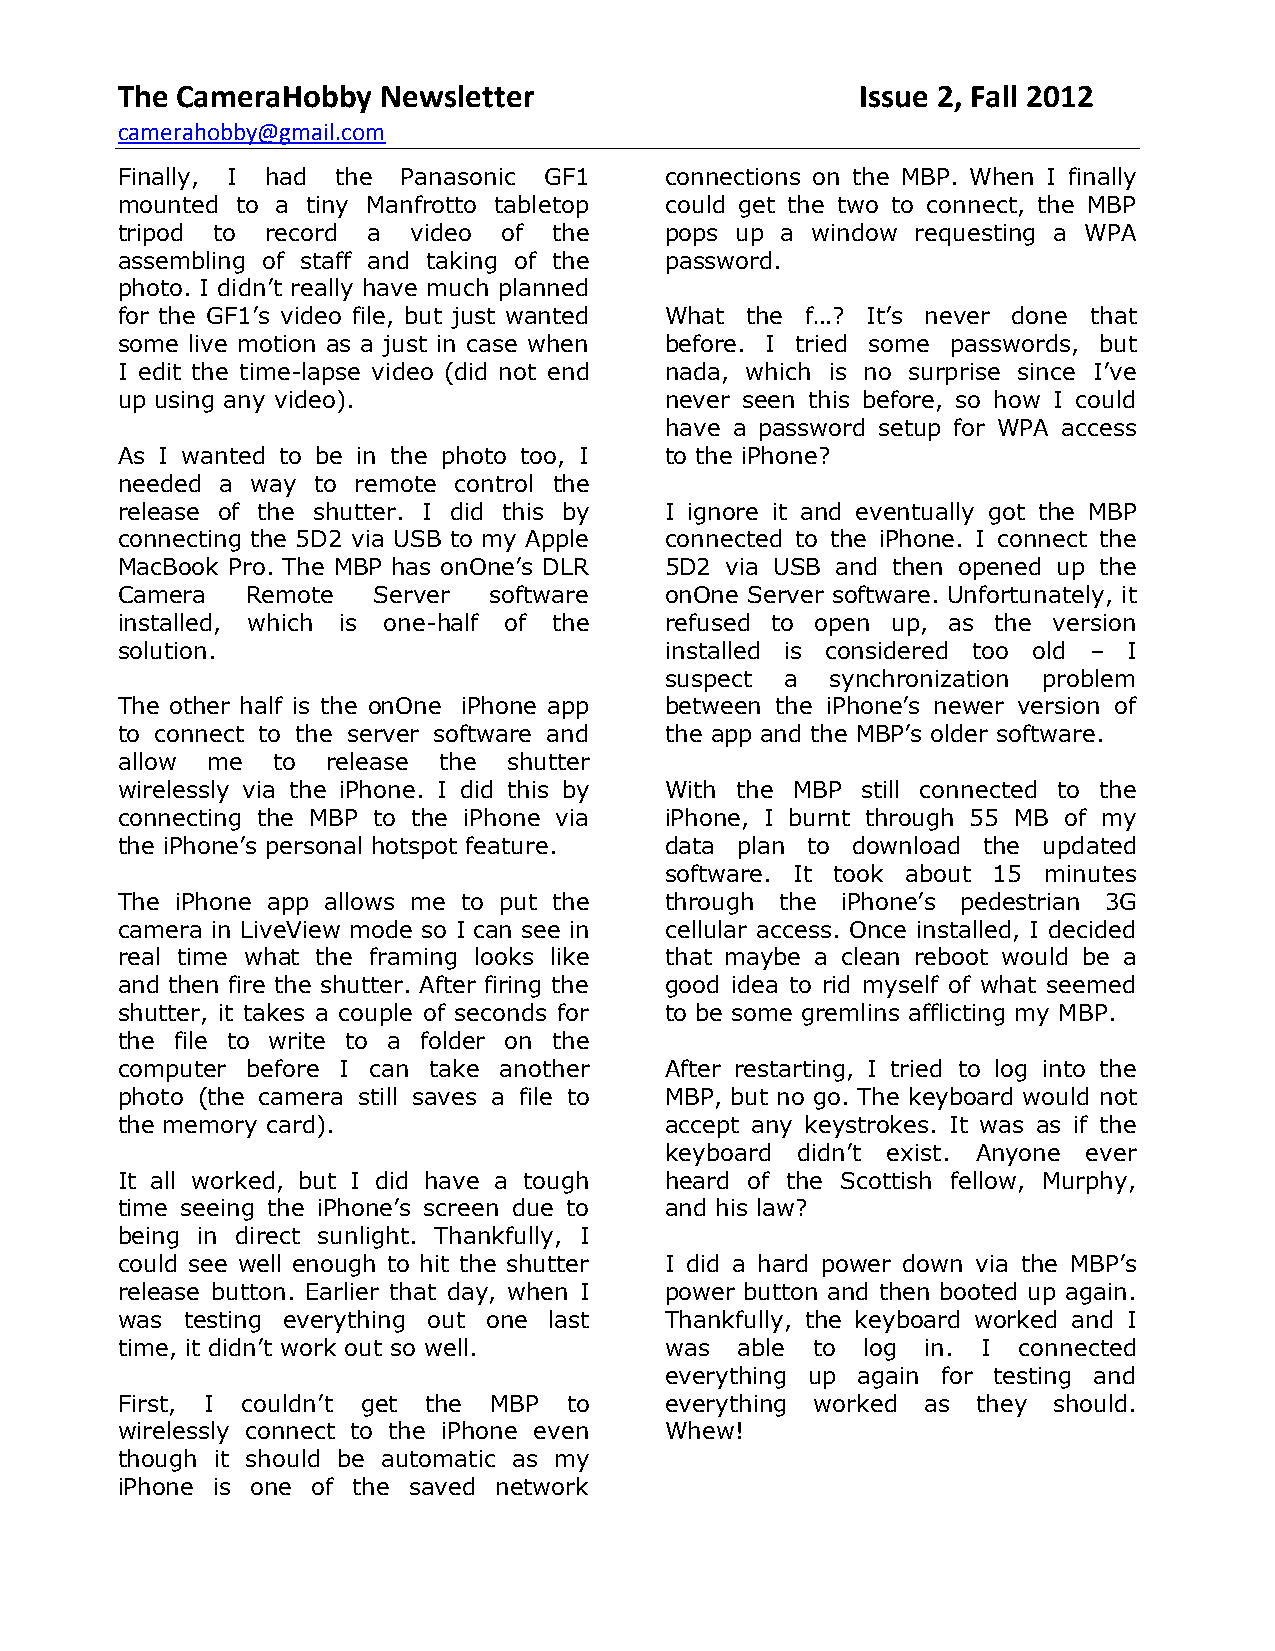
The CameraHobby  Newsletter                      Issue 2, Fall 2012
 camerahobby@gmail.com
 Finally, I had the Panasonic GF1    connections on the MBP. When I finally
 mounted to a tiny Manfrotto tabletop could get the two to connect, the MBP
 tripod to record a video of  the    pops up a window requesting a WPA
 assembling of staff and taking of the password.
 photo. I didn’t really have much planned
 for the GF1’s video file, but just wanted What the f…? It’s never done that
 some live motion as a just in case when before. I tried some passwords, but
 I edit the time-lapse video (did not end nada, which is no surprise since I’ve
 up using any video).                never seen this before, so how I could
 have a password setup for WPA access
 As I wanted to be in the photo too, I to the iPhone?
 needed a way to remote control the
 release of the shutter. I did this by I ignore it and eventually got the MBP
 connecting the 5D2 via USB to my Apple connected to the iPhone. I connect the
 MacBook Pro. The MBP has onOne’s DLR 5D2 via USB and then opened up the
 Camera  Remote   Server software    onOne Server software. Unfortunately, it
 installed, which is one-half of the refused to open up, as the version
 solution.                           installed is considered too old – I
 suspect a  synchronization problem
 The other half is the onOne iPhone app between the iPhone’s newer version of
 to connect to the server software and the app and the MBP’s older software.
 allow me  to  release the shutter
 wirelessly via the iPhone. I did this by With the MBP still connected to the
 connecting the MBP to the iPhone via iPhone, I burnt through 55 MB of my
 the iPhone’s personal hotspot feature. data plan to download the updated
 software. It took about 15 minutes
 The iPhone app allows me to put the through the iPhone’s pedestrian 3G
 camera in LiveView mode so I can see in cellular access. Once installed, I decided
 real time what the framing looks like that maybe a clean reboot would be a
 and then fire the shutter. After firing the good idea to rid myself of what seemed
 shutter, it takes a couple of seconds for to be some gremlins afflicting my MBP.
 the file to write to a folder on the
 computer before I can take another  After restarting, I tried to log into the
 photo (the camera still saves a file to MBP, but no go. The keyboard would not
 the memory card).                   accept any keystrokes. It was as if the
 keyboard didn’t exist. Anyone ever
 It all worked, but I did have a tough heard of the Scottish fellow, Murphy,
 time seeing the iPhone’s screen due to and his law?
 being in direct sunlight. Thankfully, I
 could see well enough to hit the shutter I did a hard power down via the MBP’s
 release button. Earlier that day, when I power button and then booted up again.
 was testing everything out one last Thankfully, the keyboard worked and I
 time, it didn’t work out so well.   was  able to log in. I connected
 everything up again for testing and
 First, I couldn’t get the MBP to    everything worked as they should.
 wirelessly connect to the iPhone even Whew!
 though it should be automatic as my
 iPhone is one of the saved network